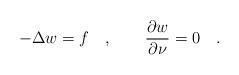
LaTeX: \begin{align*} -\Delta w=f\quad, \qquad\frac{\partial w}{\partial\nu} =0\quad. \end{align*}